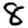
Digit: 8